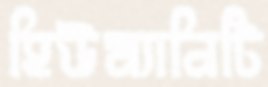
হিউম্যানিটি